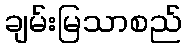
ချမ်းမြသာစည်